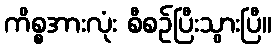
ကိစ္စအားလုံး စီစဉ်ပြီးသွားပြီ။